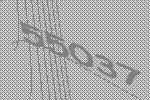
55037